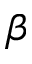
\beta